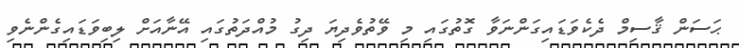
ޙަސަން ޤާސިމް ދެކެވަޑައިގަންނަވާ ގޮތުގައި މި ވޭތުވެދިޔަ ދިގު މުއްދަތުގައި އޭނާއަށް ލިބިވަޑައިގެންނެވި